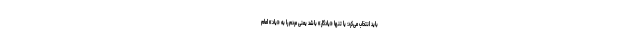
باید انتخاب می‌کرد: یا تنها «یادگار» باشد یعنی مردم را به «یاد» امام